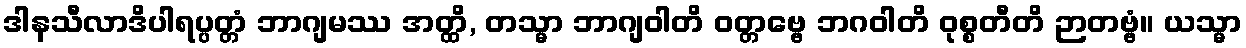
ဒါနသီလာဒိပါရပ္ပတ္တံ ဘာဂျမဿ အတ္ထိ, တသ္မာ ဘာဂျဝါတိ ဝတ္တဗ္ဗေ ဘဂဝါတိ ဝုစ္စတီတိ ဉာတဗ္ဗံ။ ယသ္မာ